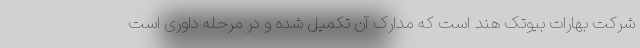
شرکت بهارات بیوتک هند است که مدارک آن تکمیل شده و در مرحله داوری است